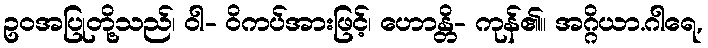
ဥဝအပြုတို့သည်၊ ဝါ- ဝိကပ်အားဖြင့်၊ ဟောန္တိ- ကုန်၏။ အဂ္ဂိယာ.ဂါရေ,